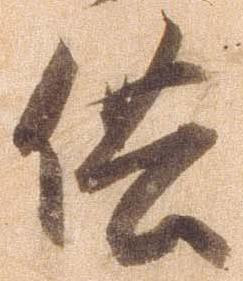
供